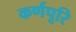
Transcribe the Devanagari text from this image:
कर्णपूरि